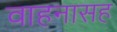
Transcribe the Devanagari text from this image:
वाहनासह